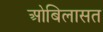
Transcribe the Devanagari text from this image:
ओबिलासत